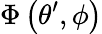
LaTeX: \Phi\left(\theta^{\prime},\phi\right)